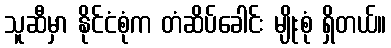
သူဆီမှာ နိုင်ငံစုံက တံဆိပ်ခေါင်း မျိုးစုံ ရှိတယ်။